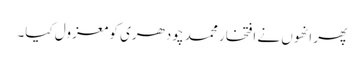
پھر انھوں نے افتخار محمد چودھری کو معزول کیا۔